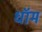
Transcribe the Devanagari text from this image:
धॉम